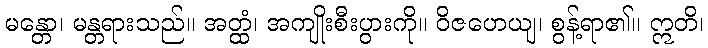
မန္တော၊ မန္တရားသည်။ အတ္ထံ၊ အကျိုးစီးပွားကို။ ဝိဇဟေယျ၊ စွန့်ရာ၏။ ဣတိ၊